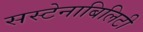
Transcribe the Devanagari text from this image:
सस्टेनाबिलिटी